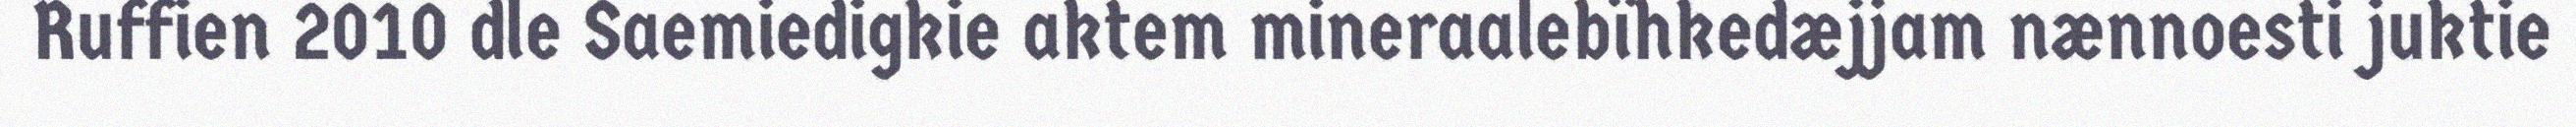
Ruffien 2010 dle Saemiedigkie aktem mineraalebïhkedæjjam nænnoesti juktie